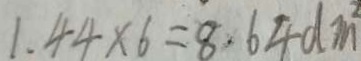
1 . 4 4 \times 6 = 8 . 6 4 d m ^ { 2 }